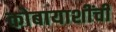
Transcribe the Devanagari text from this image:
कोबायाशींची